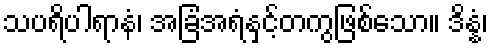
သပရိပါရာနံ၊ အခြံအရံနှင့်တကွဖြစ်သော။ ဒိန္နံ၊